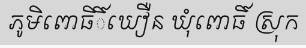
ភូមិពោធិិ៍ឃឿន ឃុំពោធិ៍ ស្រុក